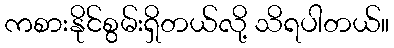
ကစားနိုင်စွမ်းရှိတယ်လို့ သိရပါတယ်။